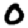
Digit: 0